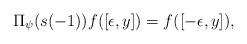
LaTeX: \begin{align*}\Pi_{\psi}(s(-1))f([\epsilon,y])=f([-\epsilon, y]),\end{align*}